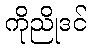
ကိုညိုဒင်